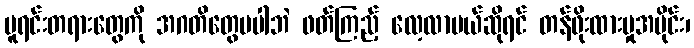
မူရင်းတရားတွေကို အဂတိတွေမပါဘဲ ဖတ်ကြည့် လေ့လာမယ်ဆိုရင် တန်ဖိုးထားမှုအပိုင်း၊